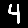
Digit: 4